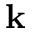
{ \bf k }